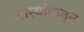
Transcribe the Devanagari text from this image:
लास्यांगातून